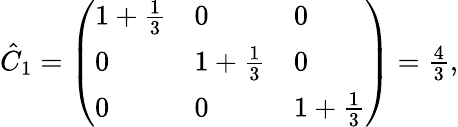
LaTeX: \begin{array}{r}{\hat{C}_{1}=\left(\begin{array}{lll}{1+\frac{1}{3}}&{0}&{0}\\ {0}&{1+\frac{1}{3}}&{0}\\ {0}&{0}&{1+\frac{1}{3}}\end{array}\right)=\frac{4}{3},}\end{array}